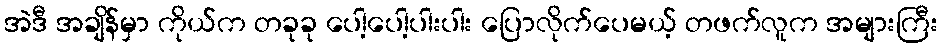
အဲဒီ အချိန်မှာ ကိုယ်က တခုခု ပေါ့ပေါ့ပါးပါး ပြောလိုက်ပေမယ့် တဖက်လူက အများကြီး